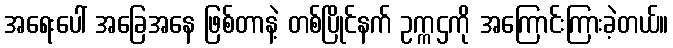
အရေးပေါ် အခြေအနေ ဖြစ်တာနဲ့ တစ်ပြိုင်နက် ဥက္ကဌကို အကြောင်းကြားခဲ့တယ်။